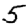
Digit: 5